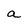
Character: a